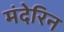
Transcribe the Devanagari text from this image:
मंदेरिन